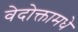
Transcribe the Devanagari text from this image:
वेदोक्तामधे